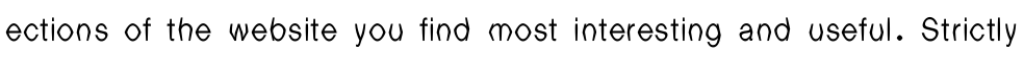
ections of the website you find most interesting and useful. Strictly